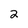
Character: 2